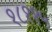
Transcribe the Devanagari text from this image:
१८११५